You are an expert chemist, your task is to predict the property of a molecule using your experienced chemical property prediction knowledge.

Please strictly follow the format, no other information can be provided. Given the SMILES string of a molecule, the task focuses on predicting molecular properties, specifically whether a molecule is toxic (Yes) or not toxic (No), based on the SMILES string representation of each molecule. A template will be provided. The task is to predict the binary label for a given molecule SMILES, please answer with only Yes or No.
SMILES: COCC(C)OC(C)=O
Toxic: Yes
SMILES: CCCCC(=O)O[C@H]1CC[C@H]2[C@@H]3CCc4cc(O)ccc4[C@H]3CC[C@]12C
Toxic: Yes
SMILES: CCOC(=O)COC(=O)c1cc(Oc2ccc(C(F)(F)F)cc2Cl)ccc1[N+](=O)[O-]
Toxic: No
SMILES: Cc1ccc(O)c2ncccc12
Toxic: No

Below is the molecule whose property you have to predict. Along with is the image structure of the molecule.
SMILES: CCOC(=O)c1ccc(C#Cc2ccc3c(c2)C(C)(C)CCS3)nc1
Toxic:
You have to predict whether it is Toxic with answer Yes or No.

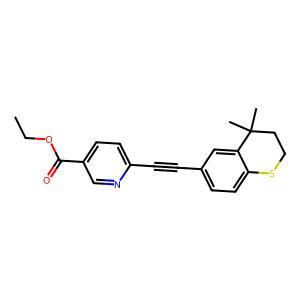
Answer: No